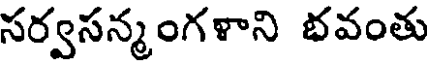
సర్వసన్మంగళాని భవంతు